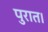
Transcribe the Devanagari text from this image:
पुरात।